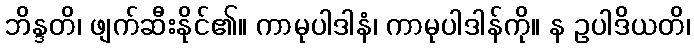
ဘိန္ဒတိ၊ ဖျက်ဆီးနိုင်၏။ ကာမုပါဒါနံ၊ ကာမုပါဒါန်ကို။ န ဥပါဒိယတိ၊